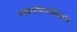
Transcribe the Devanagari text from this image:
पड़ा।पिप्पलिवन